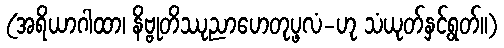
(အရိယာဂါထာ၊ နိဗ္ဗုတိဿုညာဟေတုပ္ဖလံ-ဟု သံယုတ်နှင့်ရွတ်။)